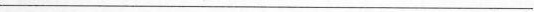
___